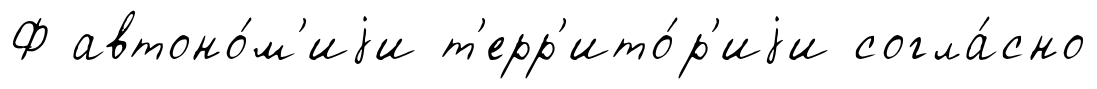
Ф автоно́м'иjи т'ерр'ито́р'иjи согла́сно